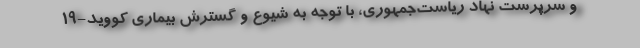
و سرپرست نهاد ریاست‌جمهوری، با توجه به شیوع و گسترش بیماری کووید-۱۹